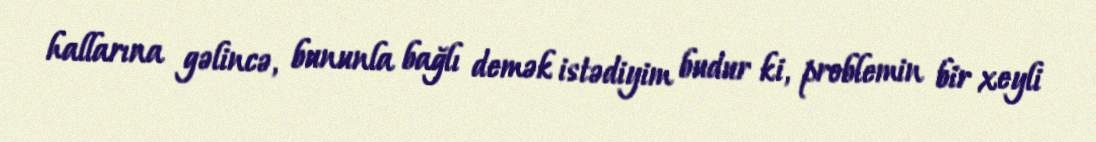
hallarına gəlincə, bununla bağlı demək istədiyim budur ki, problemin bir xeyli